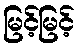
မြင့်မြင့်